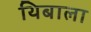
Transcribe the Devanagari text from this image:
थिबाला